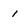
Character: 1